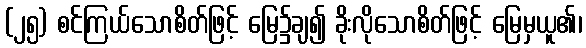
(၂၅) စင်ကြယ်သောစိတ်ဖြင့် မြေ၌ချ၍ ခိုးလိုသောစိတ်ဖြင့် မြေမှယူ၏၊